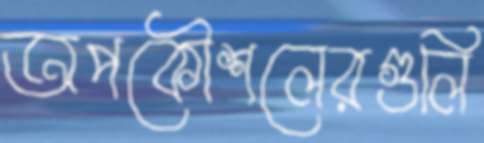
অপকৌশলেরগুলি